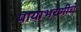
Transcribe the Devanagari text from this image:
पायाभरणीचे